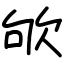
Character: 欨